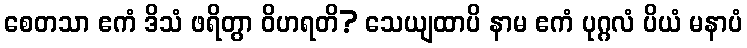
စေတသာ ဧကံ ဒိသံ ဖရိတွာ ဝိဟရတိ? သေယျထာပိ နာမ ဧကံ ပုဂ္ဂလံ ပိယံ မနာပံ